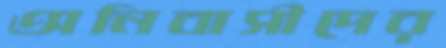
অনিবাসীদের